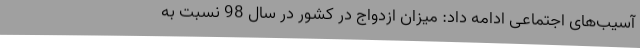
آسیب‌های اجتماعی ادامه داد: میزان ازدواج در کشور در سال 98 نسبت به